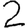
Digit: 2